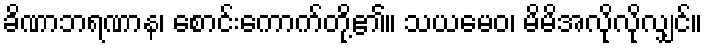
ခိဏာဘရဏာန၊ စောင်းကောက်တို့၏။ သယမေဝ၊ မိမိအလိုလိုလျှင်။